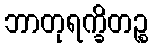
ဘာတုရက္ခိတဉ္စ